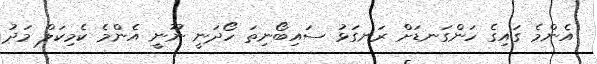
އެންމެ ގައިގެ ހަންގަނޑަށް ރަނގަޅު ސައިބޯނިތަ ހޯދަނީ ނޫނީ އެންމެ ކެމިކަލް މަދު